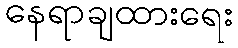
နေရာချထားရေး